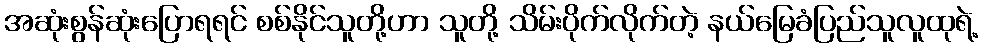
အဆုံးစွန်ဆုံးပြောရရင် စစ်နိုင်သူတို့ဟာ သူတို့ သိမ်းပိုက်လိုက်တဲ့ နယ်မြေခံပြည်သူလူထုရဲ့